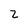
Character: 2